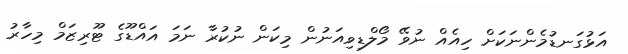
އަޅުގަނޑުމެންނަކަށް ހިއެއް ނުވޭ މޯލްޑިވިއަނުން މިކަން ނުކުރާ ނަމަ އައްޑޫގެ ޓޫރިޒަމް މިހާރު